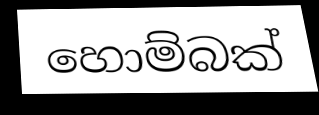
හොම්බක්